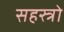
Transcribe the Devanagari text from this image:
सहस्त्रो